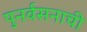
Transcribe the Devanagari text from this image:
पुनर्वसनाची